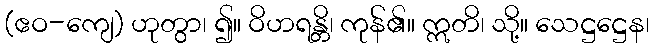
(ဧဝ-ကျေ) ဟုတွာ၊ ၍။ ဝိဟရန္တိ၊ ကုန်၏။ ဣတိ၊ သို့။ သေဋ္ဌဋ္ဌေန၊